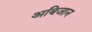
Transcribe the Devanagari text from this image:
अबिजान